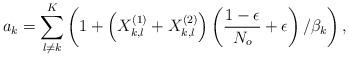
LaTeX: \begin{align*}a_k=\sum_{l \neq k}^K\left(1+ \left(X^{(1)}_{k,l}+X^{(2)}_{k,l}\right)\left(\frac{1-\epsilon}{N_o}+\epsilon\right)/\beta_k\right),\end{align*}